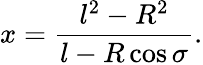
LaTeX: x=\frac{l^{2}-R^{2}}{l-R\cos\sigma}.